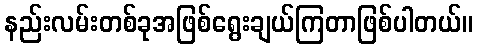
နည်းလမ်းတစ်ခုအဖြစ်ရွေးချယ်ကြတာဖြစ်ပါတယ်။